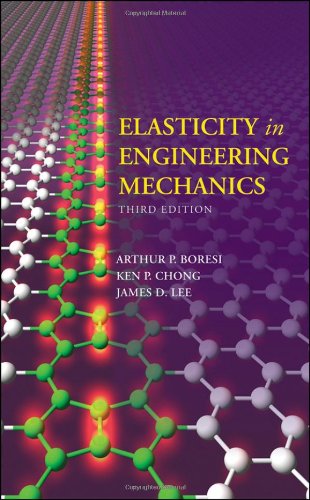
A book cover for Elasticity in Engineering Mechanics; Arthur P. Boresi; Science & Math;